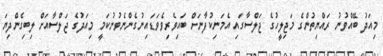
މިއަދު ބޭއްވުނު ރައްޔިތުންގެ މަޖިލީހުގެ ޖަލްސާގައި އެމަނިކުފާނަށް ބައިވެރިވެވަޑައިނުގެންނެވުނުކަމީ މިއަދުގެ ޖަލްސާއަށް ލިބިގެންދިޔަ